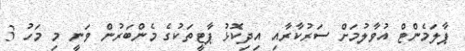
ޕާލަމެންޓް އުވާލުމަށް ސަރުކާރާއި އިދިކޮޅު ޕާޓީތަކުގެ މެންބަރުން ވަނީ މި މަހު 3